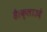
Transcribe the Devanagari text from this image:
है।क्लाउदे